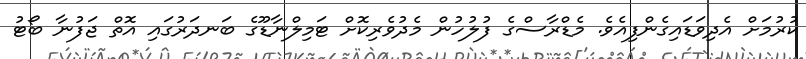
ކުރުމަށް އެދިވަޑައިގެންފިއެވެ. މެޑްރާސްގެ ފުލުހުން މެދުވެރިކޮށް ޓަމިލްނާޑޫގެ ބަނދަރުގައި އޮތް ޖަފުނާ ބޯޓު